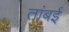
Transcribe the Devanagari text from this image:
तांबई